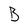
Character: B